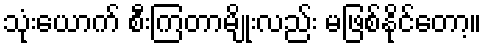
သုံးယောက် စီးကြတာမျိုးလည်း မဖြစ်နိုင်တော့။